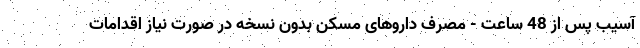
آسیب پس از 48 ساعت - مصرف داروهای مسکن بدون نسخه در صورت نیاز اقدامات